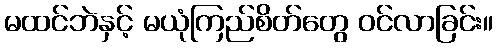
မထင်ဘဲနှင့် မယုံကြည်စိတ်တွေ ဝင်လာခြင်း။